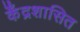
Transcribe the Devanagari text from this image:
केँद्रशासित